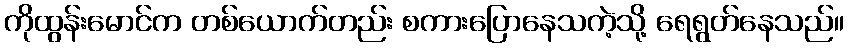
ကိုထွန်းမောင်က တစ်ယောက်တည်း စကားပြောနေသကဲ့သို့ ရေရွတ်နေသည်။